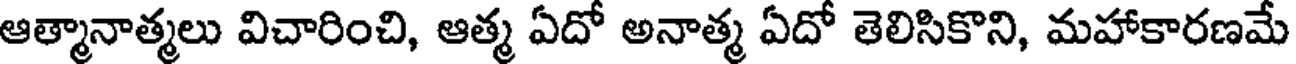
ఆత్మానాత్మలు విచారించి, ఆత్మ ఏదో అనాత్మ ఏదో తెలిసికొని, మహాకారణమే